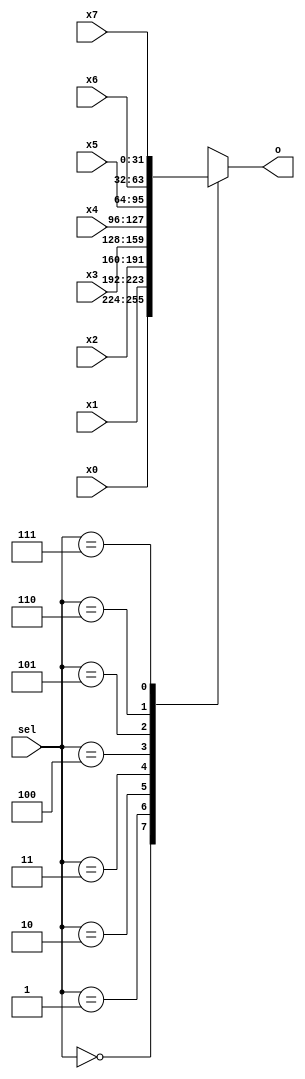
`timescale 1ns / 1ps
//////////////////////////////////////////////////////////////////////////////////
// Company: 
// Engineer: 
// 
// Design Name: 
// Module Name:    mux8to1_32 
// Project Name: 
// Target Devices: 
// Tool versions: 
// Description: 
//
// Dependencies: 
//
// Revision: 
// Revision 0.01 - File Created
// Additional Comments: 
//
//////////////////////////////////////////////////////////////////////////////////
module mux8to1_32(input  [2:0]sel,input  [31:0] x0, input  [31:0]x1,input  [31:0]x2 ,input  [31:0]x3, 
input  [31:0]x4 ,input  [31:0]x5,input  [31:0]x6,input  [31:0]x7,output reg [31:0]o);

    always @(*) begin
       case (sel[2:0])
		    3'b000 : begin o <= x0; end
			 3'b001 : begin o <= x1; end
			 3'b010 : begin o <= x2; end
			 3'b011 : begin o <= x3; end
			 3'b100 : begin o <= x4; end
			 3'b101 : begin o <= x5; end
			 3'b110 : begin o <= x6; end
			 3'b111 : begin o <= x7; end
       endcase
    end

endmodule